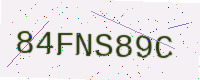
Text: 84FNS89C